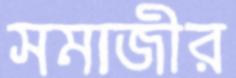
সমাজীর